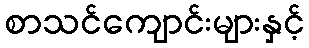
စာသင်ကျောင်းများနှင့်